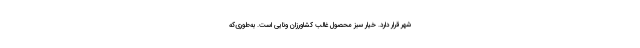
شهر قرار دارد. خیار سبز محصول غالب کشاورزان ونایی است. به‌طوری‌که